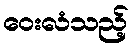
ဝေးလံသည့်